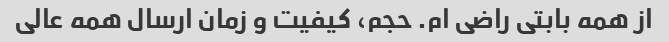
از همه بابتی راضی ام. حجم، کیفیت و زمان ارسال همه عالی